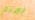
امنع